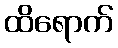
ထိရောက်